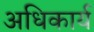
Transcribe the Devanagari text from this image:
अधिकार्य